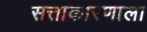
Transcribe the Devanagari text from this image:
सत्ताकारणाला